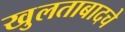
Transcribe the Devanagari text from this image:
खुलताबादचे